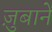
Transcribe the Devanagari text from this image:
ज़ुबानें